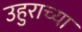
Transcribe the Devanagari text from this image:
उहुराच्या